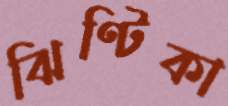
ঝিণ্টিকা